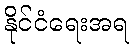
နိုင်ငံရေးအရ